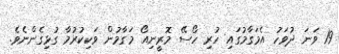
19 ވަނަ ދުވަހު އެމަގާމުގައި ހުރި ހޯސޭ މޮރީނިއޯ މަގާމުން ވަކިކުރުމާ ގުޅިގެންނެވެ.